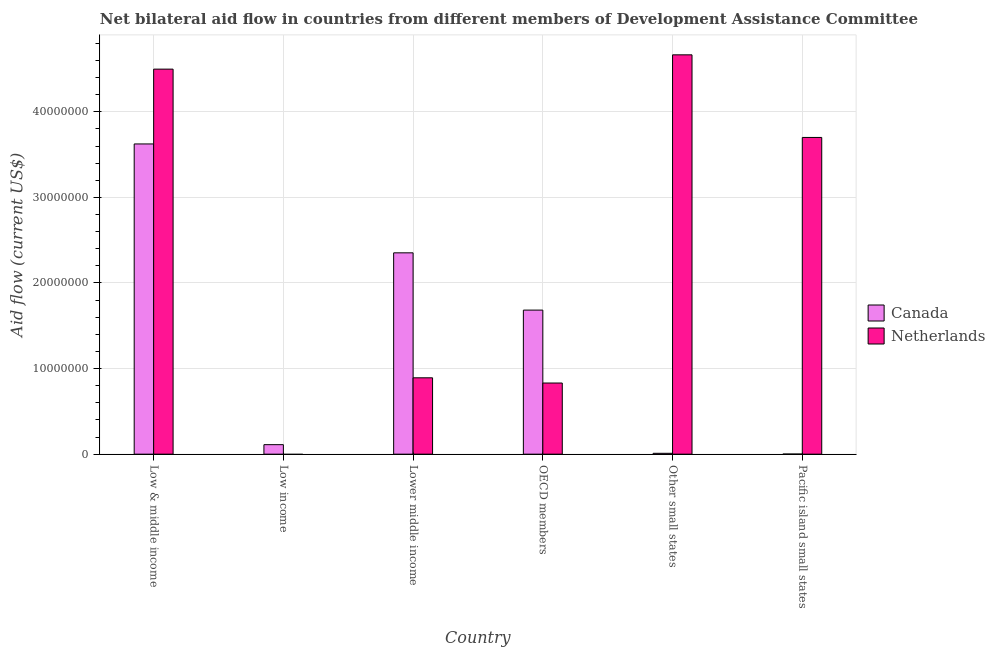
| Country | Canada | Netherlands |
 | --- | --- | --- |
 | Low & middle income | 3.62e+07 | 4.5e+07 |
 | Low income | 1.11e+06 | -6.1e+05 |
 | Lower middle income | 2.35e+07 | 8.92e+06 |
 | OECD members | 1.68e+07 | 8.31e+06 |
 | Other small states | 1e+05 | 4.66e+07 |
 | Pacific island small states | 1e+04 | 3.7e+07 |